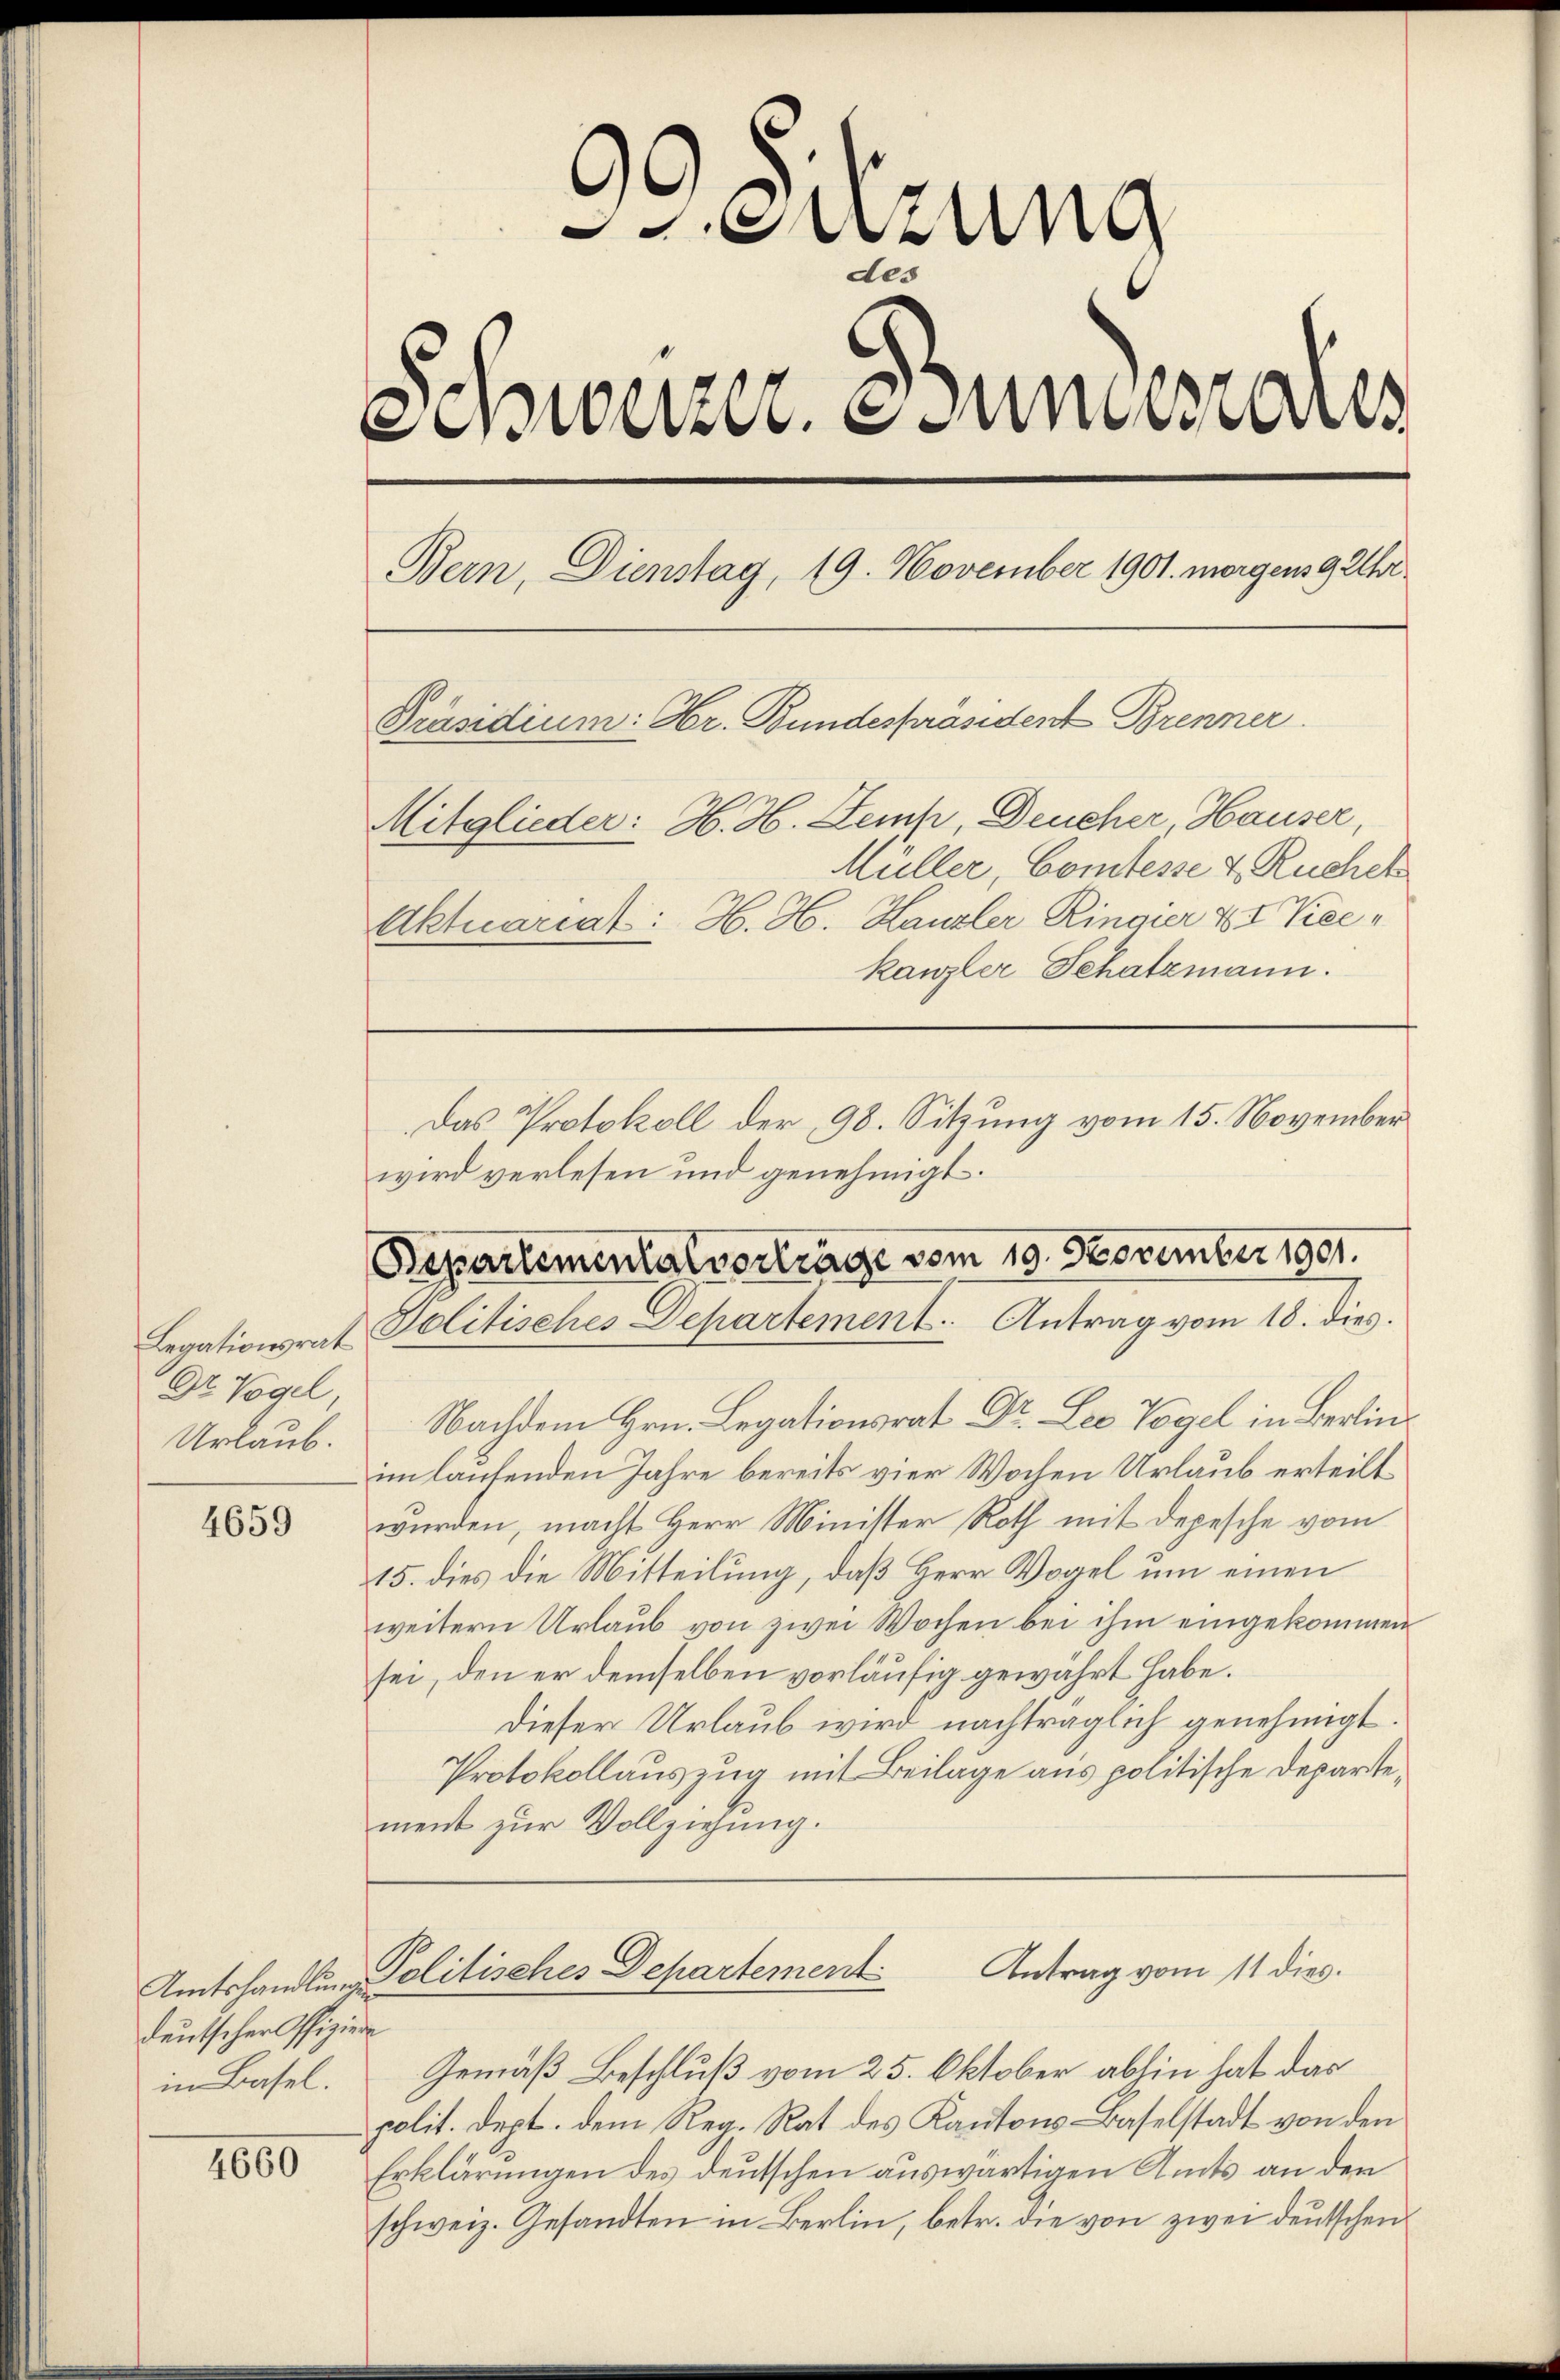
euzung
des
Spwurzer, esundesrates
Bern, Dienstag, 19. November 1901. morgens 9 Uhr
Präsidium: Hr. Bundespräsident Brenner
Mitglieder: H. H. Demp, Deucher, Hauser,
Müller, Comtesse & Ruchen
Aktuariat: H. H. Kanzler Ringier 4 Kieekanzler Schatzmann.
Das Protokoll der 98. Sitzung vom 15. November

Departementar vortrage vom 19. November 1901.
Solitisches Departement. Antrag vom 18. dies.

wird verlesen und genehmigt.

Nachdem Hrn. Legationsrat Dr. Les Vogel in Berlinim laufenden Jahre bereits vier Wochen Urlaub erteilt.
wurden, macht Herr Minister Roth mit Depesche vom
115. dies die Mitteilung, daß Herr Vogel um einen
weitern Urlaub von zwei Wochen bei ihm eingekommen
sei, den er demselben vorläufig gewahrt habe.
Dieser Urlaub wird nachträglich genehmigt.
Protokollauszug mit Beilage aus politische Departement zur Vollziehung.

Legationsrat
Dr Vogel
Urlaub.

4659

Umtshandlung Politisches Departement Antrag vom 11 dies

deutscher Offiziere
in Basel.

Gemäß Beschluß vom 25. Oktober abhin hat das
polit. Dept. dem Reg. Rat des Kantons Baselstadt von den
Erklärungen des deutschen auswärtigen Amts an der
schweiz. Gesandten in Berlin, betr. die von zwei deutschen

4660